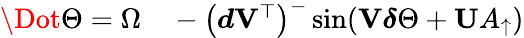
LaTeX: \begin{array}{rl}{\Dot{\Theta}=\Omega}&{{}-\left(\boldsymbol{d}\mathbf{V}^{\top}\right)^{-}\sin(\mathbf{V}\boldsymbol{\delta}\Theta+\mathbf{U}A_{\uparrow})}\end{array}